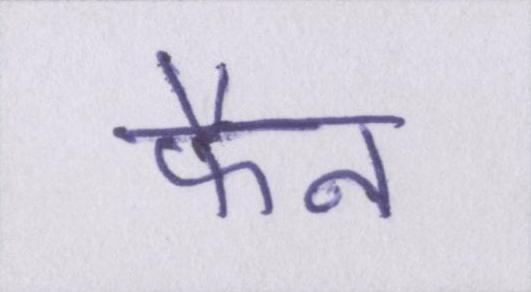
फैन